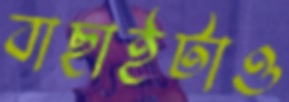
বাছাইটাও